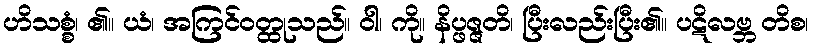
ဟိသစ္စံ၊ ၏။ ယံ၊ အကြင်ဝတ္ထုသည်။ ဝါ၊ ကို။ နိပ္ဖဇ္ဇတိ၊ ပြီးလည်းပြီး၏။ ပဋိလဗ္ဘ တိစ၊